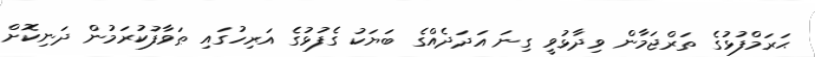
ޙަރަމްފުޅުގެ ތަރްޖަމާން ވިދާޅުވީ ގިނަ އަދަދެއްގެ ބަޔަކު ގެފުޅުގެ އަރިހުގައި ޠަވާފުކުރަމުން ދަނިކޮށް